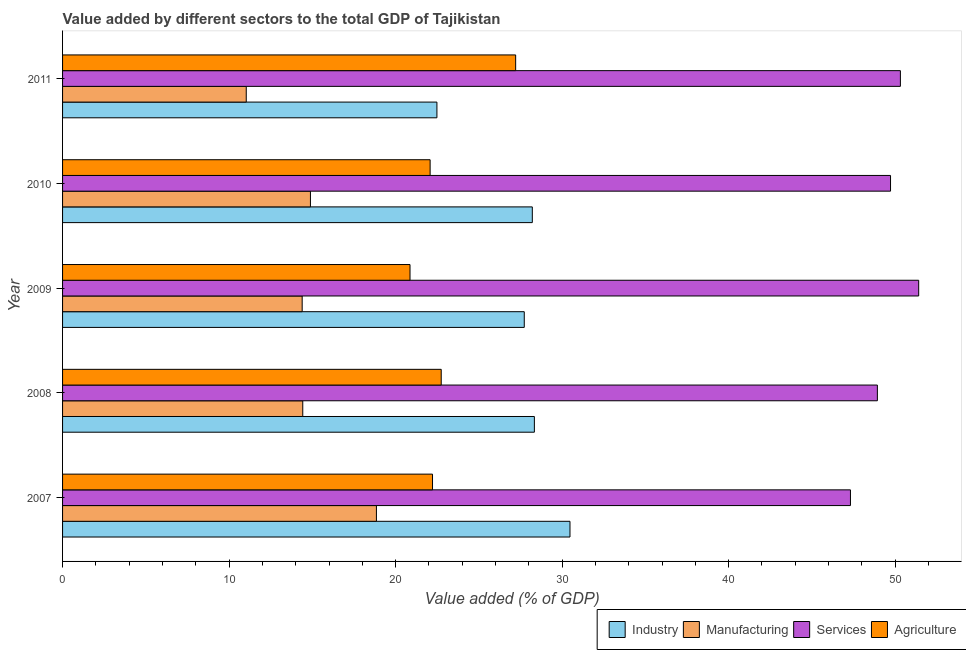
| Year | Industry | Manufacturing | Services | Agriculture |
 | --- | --- | --- | --- | --- |
 | 2007 | 30.5 | 18.8 | 47.3 | 22.2 |
 | 2008 | 28.3 | 14.4 | 48.9 | 22.7 |
 | 2009 | 27.7 | 14.4 | 51.4 | 20.9 |
 | 2010 | 28.2 | 14.9 | 49.7 | 22.1 |
 | 2011 | 22.5 | 11 | 50.3 | 27.2 |